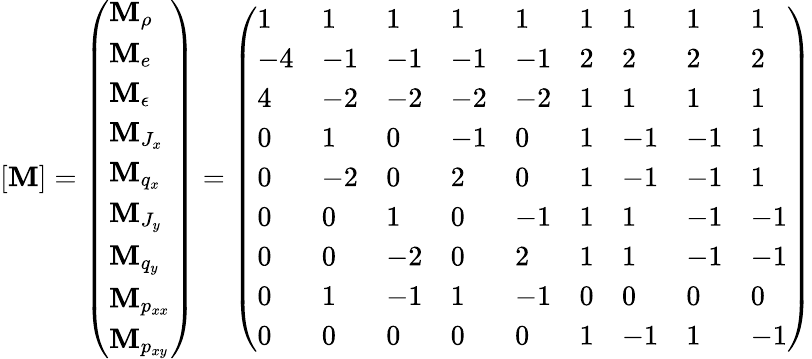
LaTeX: [\mathbf{M}]=\left(\begin{array}{l}{\mathbf{M}_{\rho}}\\ {\mathbf{M}_{e}}\\ {\mathbf{M}_{\epsilon}}\\ {\mathbf{M}_{J_{x}}}\\ {\mathbf{M}_{q_{x}}}\\ {\mathbf{M}_{J_{y}}}\\ {\mathbf{M}_{q_{y}}}\\ {\mathbf{M}_{p_{xx}}}\\ {\mathbf{M}_{p_{xy}}}\end{array}\right)=\left(\begin{array}{lllllllll}{1}&{1}&{1}&{1}&{1}&{1}&{1}&{1}&{1}\\ {-4}&{-1}&{-1}&{-1}&{-1}&{2}&{2}&{2}&{2}\\ {4}&{-2}&{-2}&{-2}&{-2}&{1}&{1}&{1}&{1}\\ {0}&{1}&{0}&{-1}&{0}&{1}&{-1}&{-1}&{1}\\ {0}&{-2}&{0}&{2}&{0}&{1}&{-1}&{-1}&{1}\\ {0}&{0}&{1}&{0}&{-1}&{1}&{1}&{-1}&{-1}\\ {0}&{0}&{-2}&{0}&{2}&{1}&{1}&{-1}&{-1}\\ {0}&{1}&{-1}&{1}&{-1}&{0}&{0}&{0}&{0}\\ {0}&{0}&{0}&{0}&{0}&{1}&{-1}&{1}&{-1}\end{array}\right)